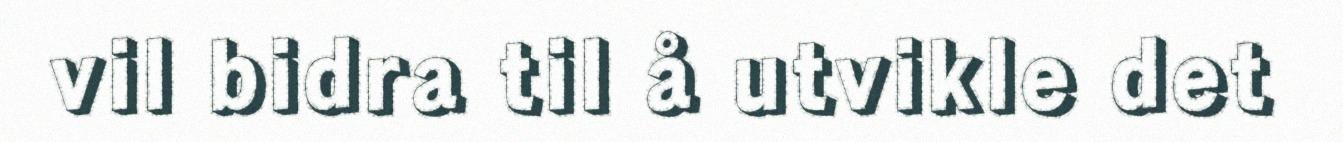
vil bidra til å utvikle det